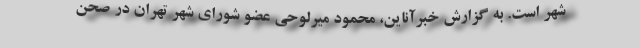
شهر است. به گزارش خبرآناین، محمود میرلوحی عضو شورای شهر تهران در صحن